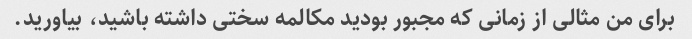
برای من مثالی از زمانی که مجبور بودید مکالمه سختی داشته باشید، بیاورید.